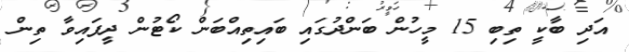
އަދި ބާކީ ތިބި 15 މީހުން ބަންދުގައި ބައިތިއްބަން ކޯޓުން ދީފައިވާ ތިން